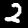
Digit: 2